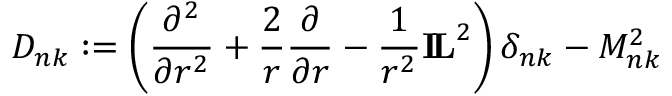
{ \cal D } _ { n k } : = \left( \frac { \partial ^ { 2 } } { \partial r ^ { 2 } } + \frac { 2 } { r } \frac { \partial } { \partial r } - \frac { 1 } { r ^ { 2 } } { \bf I \! L } ^ { 2 } \right) \delta _ { n k } - { \cal M } _ { n k } ^ { 2 }